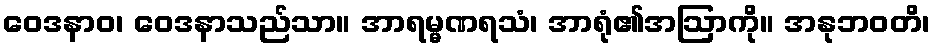
ဝေဒနာဝ၊ ဝေဒနာသည်သာ။ အာရမ္မဏရသံ၊ အာရုံ၏အဩာကို။ အနုဘဝတိ၊